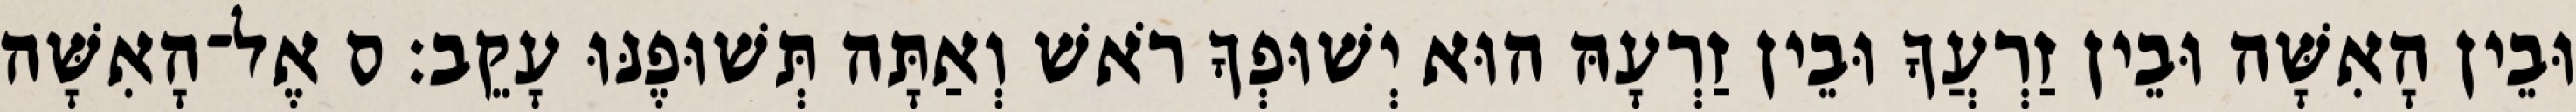
וּבֵין הָאִשָּׁה וּבֵין זַרְעֲךָ וּבֵין זַרְעָהּ הוּא יְשׁוּפְךָ רֹאשׁ וְאַתָּה תְּשׁוּפֶנּוּ עָקֵב׃ ס אֶל־הָאִשָּׁה